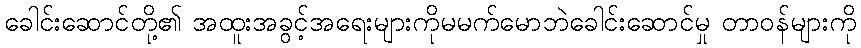
ခေါင်းဆောင်တို့၏ အထူးအခွင့်အရေးများကိုမမက်မောဘဲခေါင်းဆောင်မှု တာဝန်များကို